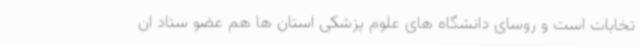
تخابات است و روسای دانشگاه های علوم پزشکی استان ها هم عضو ستاد ان